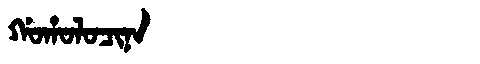
Manchu: ᡤᠣᡥᠣᠯᠣᠴᡳᠨᠠ
Romanization: GOHOLOCINA